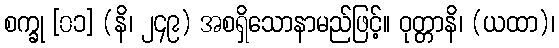
စက္ခု [၀၁] (နိ၊ ၂၄၉) အစရှိသောနာမည်ဖြင့်။ ဝုတ္တာနိ၊ (ယထာ)၊